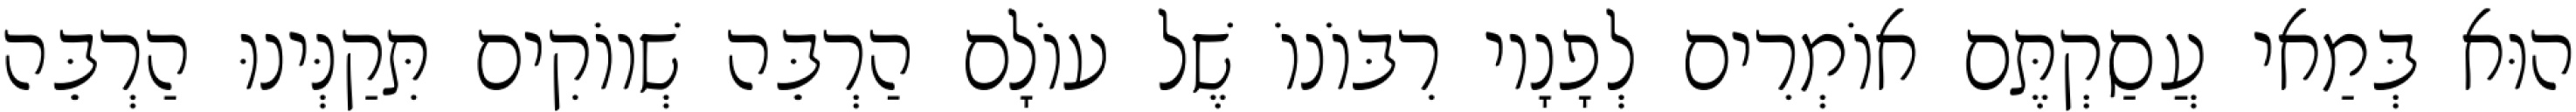
הוּא בְּמַאי עֲסַקְתֶּם אוֹמְרִים לְפָנָיו רִבּוֹנוֹ שֶׁל עוֹלָם הַרְבֵּה שְׁווֹקִים תִּקַנְּינוּ הַרְבֵּה